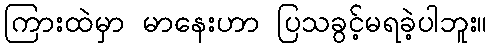
ကြားထဲမှာ မာနေးဟာ ပြသခွင့်မရခဲ့ပါဘူး။